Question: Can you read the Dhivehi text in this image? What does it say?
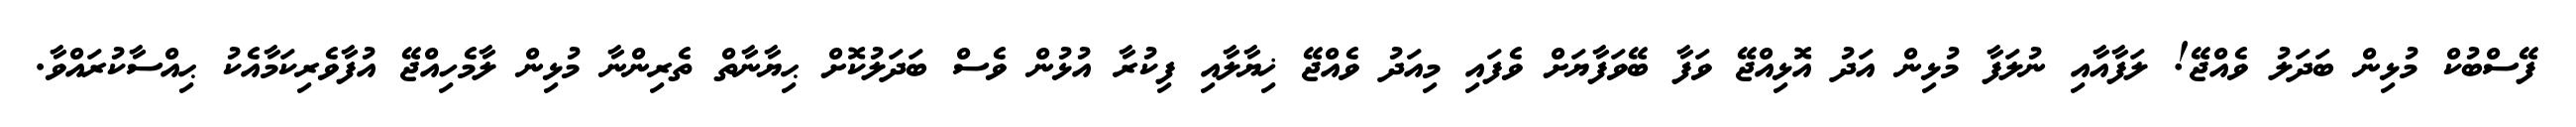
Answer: ފޭސްބުކް މުޅިން ބަދަލު ވެއްޖޭ! ލަފާއާއި ނުލަފާ މުޅިން އަދު އޮޅިއްޖޭ ވަފާ ބޭވަފާޔަށް ވެފައި މިއަދު ވެއްޖޭ ޚިޔާލާއި ފިކުރާ އުޅުން ވެސް ބަދަލުކޮށް ޙިޔާނާތް ތެރިންނާ މުޅިން ލާމެހިއްޖޭ އުފާވެރިކަމާއެކު ޙިއްސާކުރައްވާ.